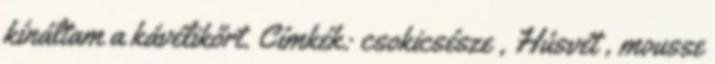
kínáltam a kávélikőrt. Címkék: csokicsésze , Húsvét , mousse